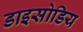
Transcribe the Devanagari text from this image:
डाइसोडिय